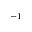
^ { - 1 }